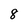
Character: 8